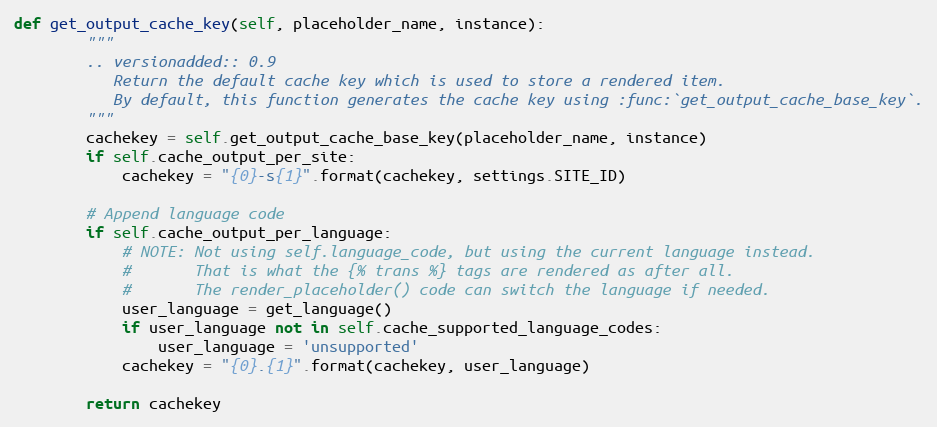
Language: Python
def get_output_cache_key(self, placeholder_name, instance):
        """
        .. versionadded:: 0.9
           Return the default cache key which is used to store a rendered item.
           By default, this function generates the cache key using :func:`get_output_cache_base_key`.
        """
        cachekey = self.get_output_cache_base_key(placeholder_name, instance)
        if self.cache_output_per_site:
            cachekey = "{0}-s{1}".format(cachekey, settings.SITE_ID)

        # Append language code
        if self.cache_output_per_language:
            # NOTE: Not using self.language_code, but using the current language instead.
            #       That is what the {% trans %} tags are rendered as after all.
            #       The render_placeholder() code can switch the language if needed.
            user_language = get_language()
            if user_language not in self.cache_supported_language_codes:
                user_language = 'unsupported'
            cachekey = "{0}.{1}".format(cachekey, user_language)

        return cachekey